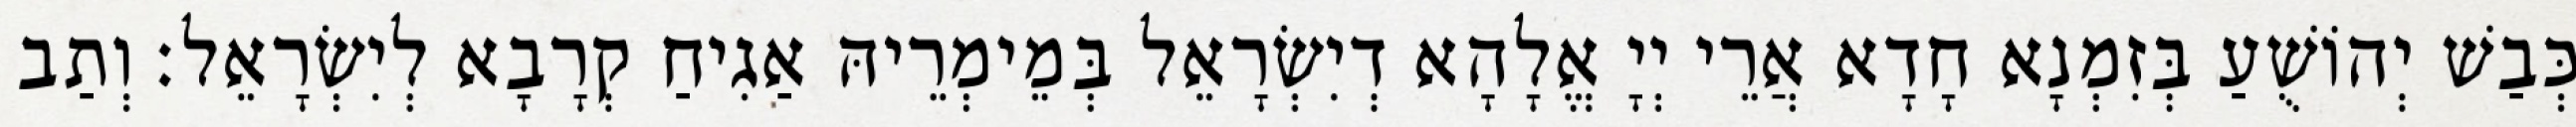
כְּבַשׁ יְהוֹשֻׁעַ בְּזִמְנָא חָדָא אֲרֵי יְיָ אֱלָהָא דְיִשְׂרָאֵל בְּמֵימְרֵיהּ אַגִיחַ קְרָבָא לְיִשְׂרָאֵל׃ וְתַב